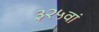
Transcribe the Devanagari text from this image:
३२५वां